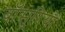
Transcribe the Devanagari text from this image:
बाँसुरियों